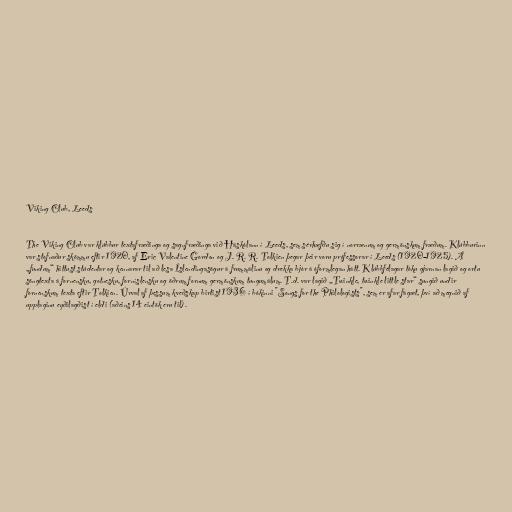
Viking Club, Leeds

The Viking Club var klúbbur textafræðinga og sagnfræðinga við Háskólann í Leeds, sem sérhæfðu sig í norrænum og germönskum fræðum. Klúbburinn
var stofnaður skömmu eftir 1920, af Eric Valentine Gordon og J. R. R. Tolkien þegar þeir voru prófessorar í Leeds (1920–1925). Á
„fundum“ hittust stúdentar og kennarar til að lesa Íslendingasögur á frummálinu og drekka bjór á óformlegan hátt. Klúbbfélagar tóku gjarnan lagið og ortu
söngtexta á fornensku, gotnesku, forníslensku og öðrum fornum germönskum tungumálum. T.d. var lagið „Twinkle, twinkle little star“ sungið undir
fornenskum texta eftir Tolkien. Úrval af þessum kveðskap birtist 1936 í bókinni "Songs for the Philologists", sem er afar fágæt, því að megnið af
upplaginu eyðilagðist í eldi (aðeins 14 eintök eru til).